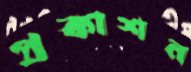
প্রকাশন